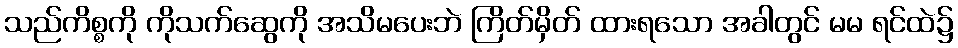
သည်ကိစ္စကို ကိုသက်ဆွေကို အသိမပေးဘဲ ကြိတ်မှိတ် ထားရသော အခါတွင် မမ ရင်ထဲ၌